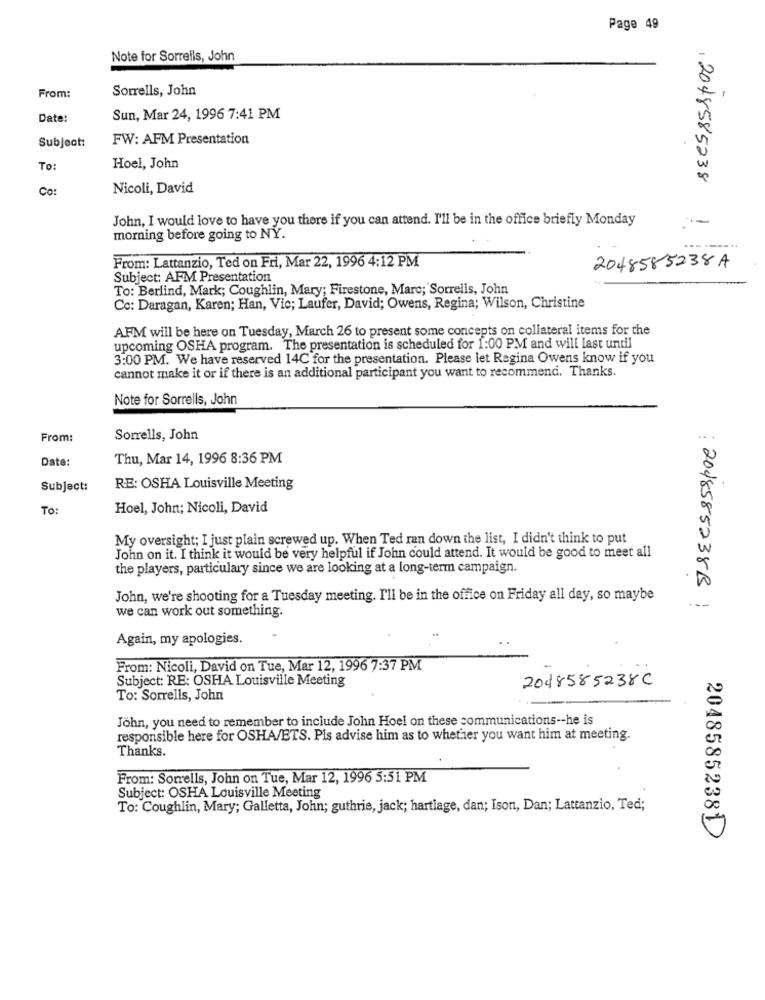
Page 49
Note for Sorrells, John
Sorrells, John
From:
Date:
Sun, Mar 24, 1996 7:41 PM
Subject:
FW: AFM Presentation
To:
Hoel, John
2048585238
Co:
Nicoli, David
John, I would love to have you there if you can attend. I'll be in the office briefly Monday
morning before going to NY.
From: Lattanzio, Ted on Fri, Mar 22, 1996 4:12 PM
2048585238 A
Subject: AFM Presentation
To: Berlind, Mark; Coughlin, Mary; Firestone, Marc; Sorrells, John
Cc: Daragan, Karen; Han, Vic; Laufer, David; Owens, Regina; Wilson, Christine
AFM will be here on Tuesday, March 26 to present some concepts on collateral items for the
upcoming OSHA program. The presentation is scheduled for 1:00 PM and will last until
3:00 PM. We have reserved 14C for the presentation. Please let Regina Owens know if you
cannot make it or if there is an additional participant you want to recommend. Thanks.
Note for Sorrells, John
From:
Sorrells, John
Date:
Thu, Mar 14, 1996 8:36 PM
Subject:
RE: OSHA Louisville Meeting
To:
Hoel, John; Nicoli, David
My oversight; I just plain screwed up. When Ted ran down the list, I didn't think to put
John on it. I think it would be very helpful if John could attend. It would be good to meet all
the players, particulary since we are looking at a long-term campaign.
John, we're shooting for a Tuesday meeting. I'll be in the office on Friday all day, so maybe
we can work out something.
: 2048585238B ;
Again, my apologies.
From: Nicoli, David on Tue, Mar 12, 1996 7:37 PM
Subject: RE: OSHA Louisville Meeting
2048585238C
To: Sorrells, John
John, you need to remember to include John Hoel on these communications -- he is
responsible here for OSHA/ETS. Pls advise him as to whether you want him at meeting.
Thanks.
From: Sorrells, John on Tue, Mar 12, 1996 5:51 PM
Subject: OSHA Louisville Meeting
To: Coughlin, Mary; Galletta, John; guthrie, jack; hartlage, dan; Ison, Dan; Lattanzio, Ted;
2048585238D